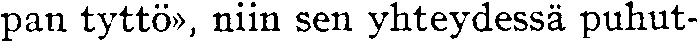
pan tyttö», niin sen yhteydessä puhut-